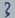
Text: 3